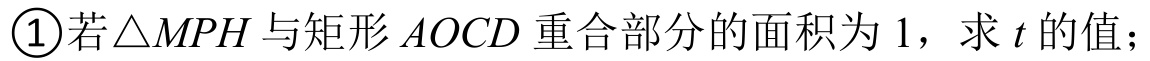
\textcircled{1}若\(\triangle MPH\)与矩形\(AOCD\)重合部分的面积为\(1\)，求\(t\)的值；